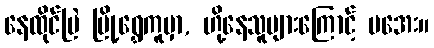
နေထိုင်မြဲ မြို့ရွှေကူမှာ, ဟို့နေသူများကြောင့် မအေး။